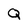
Character: Q